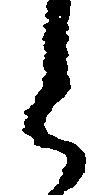
と